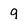
Character: q